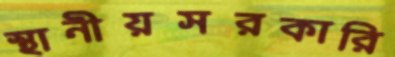
স্থানীয়সরকারি